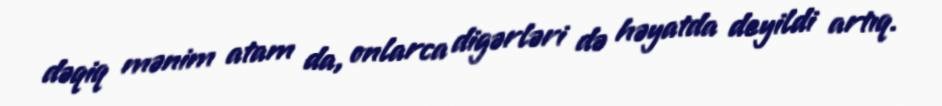
dəqiq mənim atam da, onlarca digərləri də həyatda deyildi artıq.